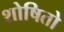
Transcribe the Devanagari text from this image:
शोषितो